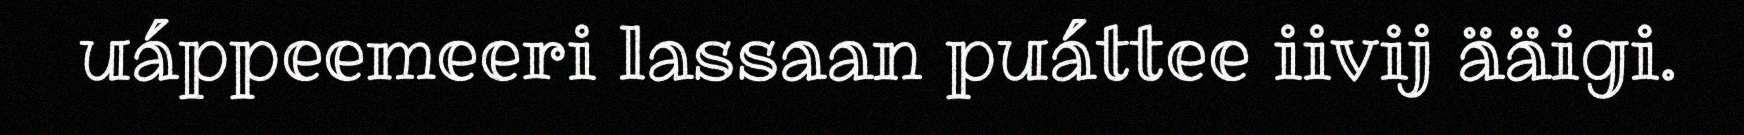
uáppeemeeri lassaan puáttee iivij ääigi.